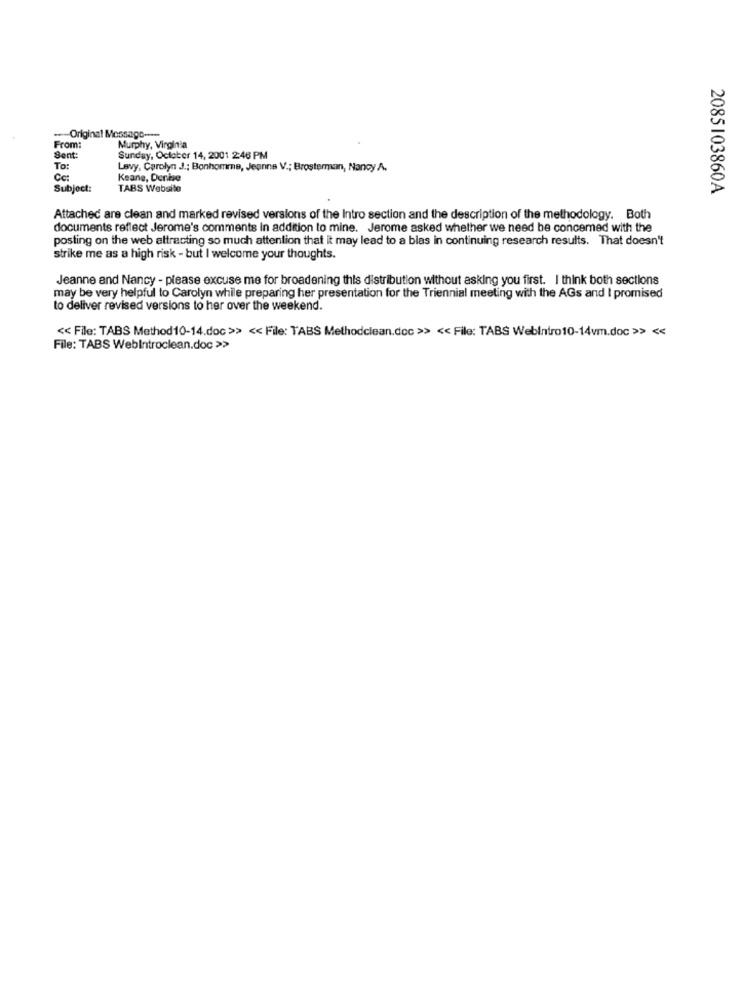
Original Message ----
From:
Murphy, Virginia
Sent:
Sunday, October 14, 2001 2:46 PM
To:
Levy, Carolyn J .; Bonhomme, Jeanne V .; Brosterman, Nancy A.
Cc:
Keane, Denise
Subject:
TABS Website
2085103860A
Attached are clean and marked revised versions of the Intro section and the description of the methodology. Both
documents reflect Jerome's comments In addition to mine. Jerome asked whether we need be concerned with the
posting on the web attracting so much attention that it may lead to a blas in continuing research results. That doesn't
strike me as a high risk - but I welcome your thoughts.
Jeanne and Nancy - please excuse me for broadening this distribution without asking you first. I think both sections
may be very helpful to Carolyn while preparing her presentation for the Triennial meeting with the AGs and I promised
to deliver revised versions to her over the weekend.
<< File: TABS Method10-14.doc >> << File: TABS Methodclean.doc >> << File: TABS Webintro10-14vm.doc >> <<
File: TABS Webintroclean.doc >>